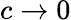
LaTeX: c\rightarrow 0